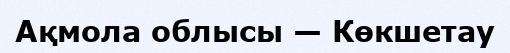
Ақмола облысы — Көкшетау